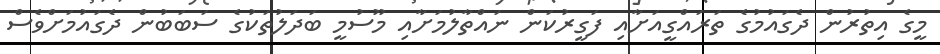
މީގެ އިތުރުން ދެގައުމުގެ ތަރައްގީއަށާއި ފަގީރުކަން ނައްތާލުމަށާއި މޫސުމީ ބަދަލުތަކުގެ ސަބަބުން ދެގައުމަށްވެސް